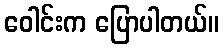
ဝေါင်းက ပြောပါတယ်။